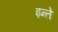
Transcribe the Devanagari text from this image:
इन्ते